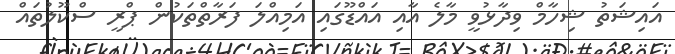
އައިޝަތު ޝިހާމް ވިދާޅުވީ މާލެ އާއި އައްޑޫގައި އަމިއްލަ ފަރާތްތަކުން ޕްރީ ސްކޫލުތައް